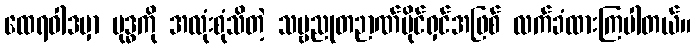
ထေရဝါဒမှာ ဗုဒ္ဓကို အလုံးစုံသိတဲ့ သဗ္ဗညုတဉာဏ်ပိုင်ရှင်အဖြစ် လက်ခံထားကြပါတယ်။